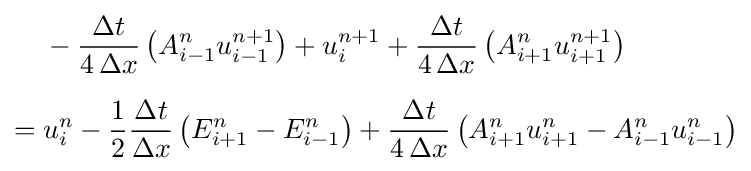
{\begin{aligned}&-{\frac {\Delta t}{4\,\Delta x}}\left(A_{i-1}^{n}u_{i-1}^{n+1}\right)+u_{i}^{n+1}+{\frac {\Delta t}{4\,\Delta x}}\left(A_{i+1}^{n}u_{i+1}^{n+1}\right)\\[6pt]={}&u_{i}^{n}-{\frac {1}{2}}{\frac {\Delta t}{\Delta x}}\left(E_{i+1}^{n}-E_{i-1}^{n}\right)+{\frac {\Delta t}{4\,\Delta x}}\left(A_{i+1}^{n}u_{i+1}^{n}-A_{i-1}^{n}u_{i-1}^{n}\right)\end{aligned}}